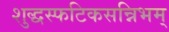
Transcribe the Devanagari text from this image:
शुद्धस्फटिकसन्निभम्